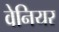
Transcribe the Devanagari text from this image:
वेनियर